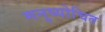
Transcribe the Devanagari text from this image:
मनुष्योचित